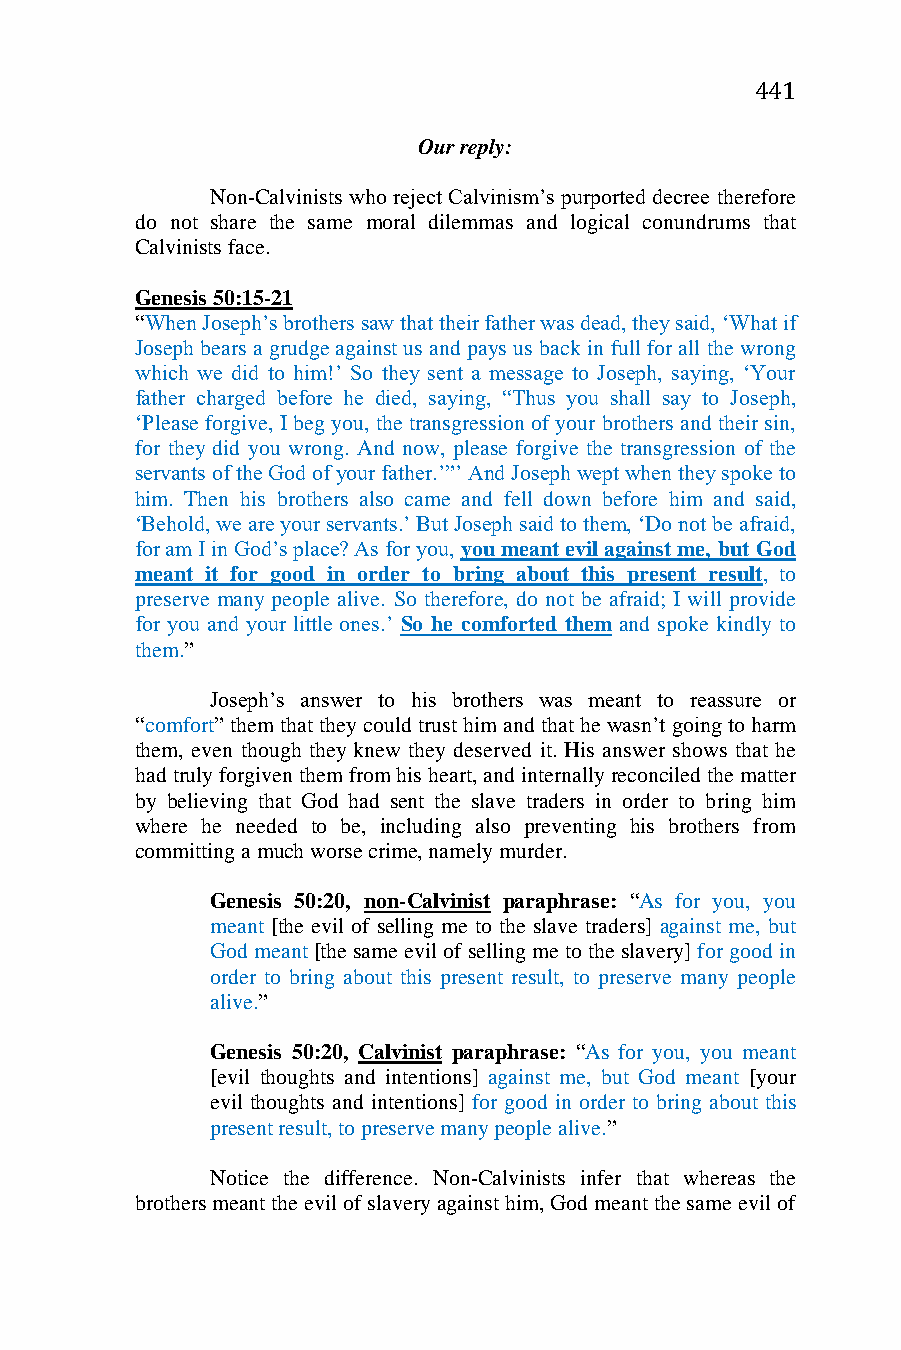
441
 Our reply:
 Non-Calvinists who reject Calvinism’s purported decree therefore
 do not share the same moral dilemmas and logical conundrums that
 Calvinists face.
 Genesis 50:15-21
 “When Joseph’s brothers saw that their father was dead, they said, ‘What if
 Joseph bears a grudge against us and pays us back in full for all the wrong
 which we did to him!’ So they sent a message to Joseph, saying, ‘Your
 father charged before he died, saying, “Thus you shall say to Joseph,
 ‘Please forgive, I beg you, the transgression of your brothers and their sin,
 for they did you wrong. And now, please forgive the transgression of the
 servants of the God of your father.’”’ And Joseph wept when they spoke to
 him. Then his brothers also came and fell down before him and said,
 ‘Behold, we are your servants.’ But Joseph said to them, ‘Do not be afraid,
 for am I in God’s place? As for you, you meant evil against me, but God
 meant it for good in order to bring about this present result, to
 preserve many people alive. So therefore, do not be afraid; I will provide
 for you and your little ones.’ So he comforted them and spoke kindly to
 them.”
 Joseph’s answer to his brothers was meant to reassure or
 “comfort” them that they could trust him and that he wasn’t going to harm
 them, even though they knew they deserved it. His answer shows that he
 had truly forgiven them from his heart, and internally reconciled the matter
 by believing that God had sent the slave traders in order to bring him
 where he needed to be, including also preventing his brothers from
 committing a much worse crime, namely murder.
 Genesis 50:20, non-Calvinist paraphrase: “As for you, you
 meant [the evil of selling me to the slave traders] against me, but
 God meant [the same evil of selling me to the slavery] for good in
 order to bring about this present result, to preserve many people
 alive.”
 Genesis 50:20, Calvinist paraphrase: “As for you, you meant
 [evil thoughts and intentions] against me, but God meant [your
 evil thoughts and intentions] for good in order to bring about this
 present result, to preserve many people alive.”
 Notice the difference. Non-Calvinists infer that whereas the
 brothers meant the evil of slavery against him, God meant the same evil of